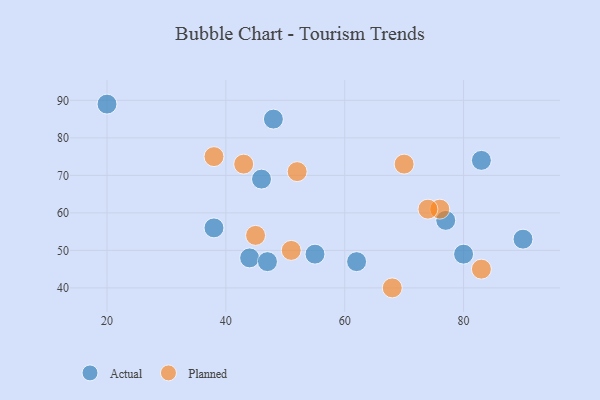
{"axis": {"x": "GDP", "y": "Life Expectancy"}, "legend": ["Actual", "Planned"], "data": [{"x": "48", "y": 85, "type": "Actual"}, {"x": "46", "y": 69, "type": "Actual"}, {"x": "55", "y": 49, "type": "Actual"}, {"x": "62", "y": 47, "type": "Actual"}, {"x": "44", "y": 48, "type": "Actual"}, {"x": "90", "y": 53, "type": "Actual"}, {"x": "77", "y": 58, "type": "Actual"}, {"x": "80", "y": 49, "type": "Actual"}, {"x": "83", "y": 74, "type": "Actual"}, {"x": "47", "y": 47, "type": "Actual"}, {"x": "20", "y": 89, "type": "Actual"}, {"x": "38", "y": 56, "type": "Actual"}, {"x": "43", "y": 73, "type": "Planned"}, {"x": "76", "y": 61, "type": "Planned"}, {"x": "45", "y": 54, "type": "Planned"}, {"x": "51", "y": 50, "type": "Planned"}, {"x": "83", "y": 45, "type": "Planned"}, {"x": "74", "y": 61, "type": "Planned"}, {"x": "70", "y": 73, "type": "Planned"}, {"x": "52", "y": 71, "type": "Planned"}, {"x": "68", "y": 40, "type": "Planned"}, {"x": "38", "y": 75, "type": "Planned"}]}